Annual report on the mental hospital in the Central Provinces and Berar (Nagpur) - 1927-1951
Year: 1927
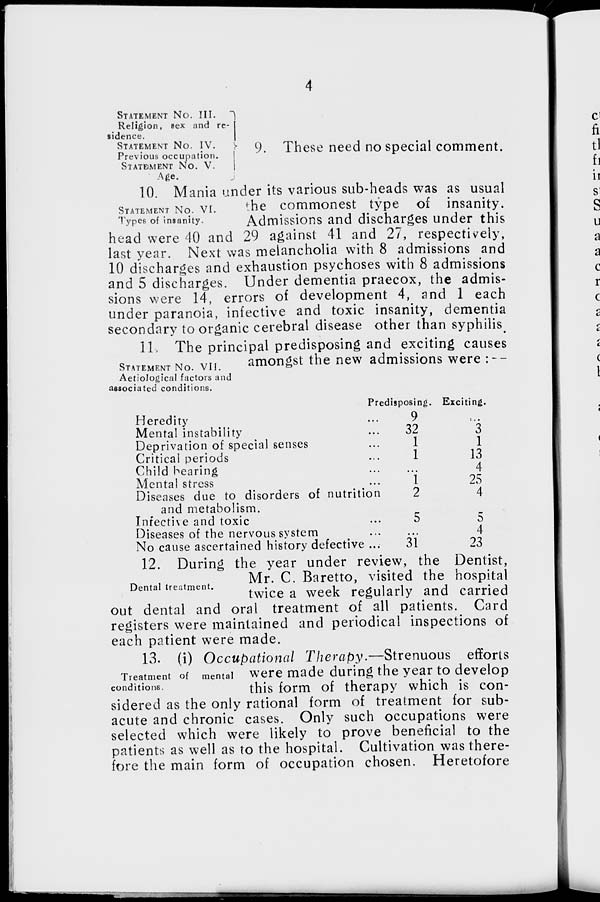
4
STATEMENT NO.
III.
Religion, sex and re-
sidence.
STATEMENT NO.
IV.
Previous occupation.
STATEMENT NO. V.
Age.
9. These need no special comment.
STATEMENT NO. VI.
Types of insanity.
10. Mania under its various sub-heads was as usual
the commonest type of insanity.
Admissions and discharges under this
head were 40 and 29 against 41 and 27, respectively,
last year. Next was melancholia with 8 admissions and
10 discharges and exhaustion psychoses with 8 admissions
and 5 discharges. Under dementia praecox, the admis-
sions were 14, errors of development 4, and 1 each
under paranoia, infective and toxic insanity, dementia
secondary to organic cerebral disease other than syphilis
STATEMENT NO.
VII.
Aetiological factors and
associated conditions.
11. The principal predisposing and exciting causes
amongst the new admissions were :—
Heredity ...
Mental instability ...
Deprivation of special senses ...
Critical periods ...
Child bearing ...
Mental stress ...
Diseases due to disorders of nutrition
and metabolism.
Infective and toxic ...
Diseases of the nervous system ...
No cause ascertained history defective ...
Predisposing.
9
32
1
1
...
1
2
5
...
31
Exciting.
...
3
1
13
4
25
4
5
4
23
Dental treatment.
12. During the year under review, the Dentist,
Mr. C. Baretto, visited the hospital
twice a week regularly and carried
out dental and oral treatment of all patients. Card
registers were maintained and periodical inspections of
each patient were made.
Treatment of
mental
conditions.
13. (i) Occupational Therapy.—Strenuous
efforts
were made during the year to develop
this form of therapy which is con-
sidered as the only rational form of treatment for sub-
acute and chronic cases. Only such occupations were
selected which were likely to prove beneficial to the
patients as well as to the hospital. Cultivation was there-
fore the main form of occupation chosen. Heretofore